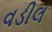
વડીલ